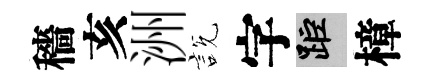
穡亥洲説字距樟